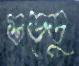
গুড্ডু